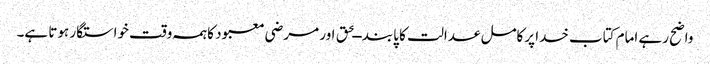
واضح رہے امام کتاب خدا پرکامل عدالت کا پابند ــحق اور مرضی معبود کاہمہ وقت خواستگار ہوتا ہے۔